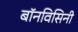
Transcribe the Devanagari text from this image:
बॉनविसिनी